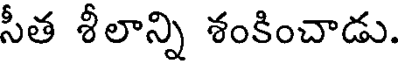
సీత శీలాన్ని శంకించాడు.